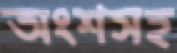
অংশসহ